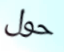
حول